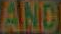
AND